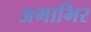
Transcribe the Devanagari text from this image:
अमाभिर